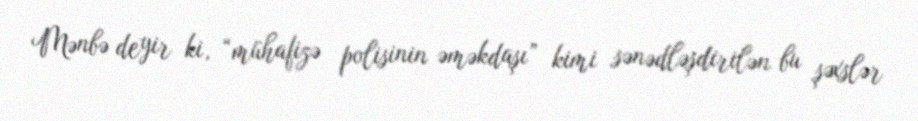
Mənbə deyir ki, “mühafizə polisinin əməkdaşı” kimi sənədləşdirilən bu şəxslər